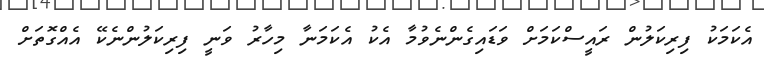
އެކަމަކު ފިރިކަލުން ރައީސްކަމަށް ވަޑައިގެންނެވުމާ އެކު އެކަމަނާ މިހާރު ވަނީ ފިރިކަލުންނެކޭ އެއްގޮތަށް